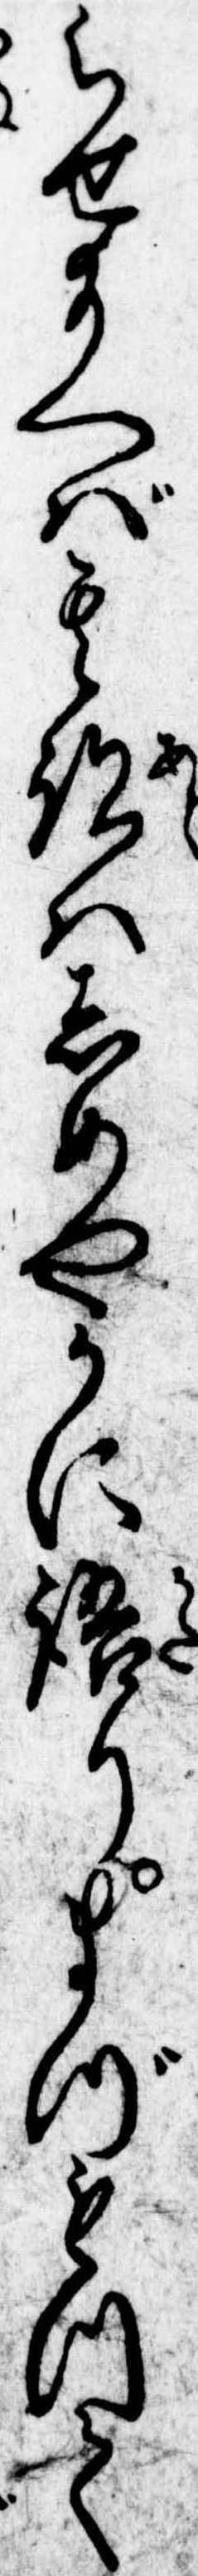
らせ給へば其跡はしめやかに語りまづもつて